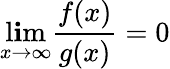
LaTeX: \operatorname*{l\mathbf{i}m}_{x\to\infty}{\frac{{f(x)}}{{g(x)}}}=0